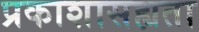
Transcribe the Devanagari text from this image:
प्रकाशासह्यता